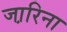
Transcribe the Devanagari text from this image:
जा़रिना